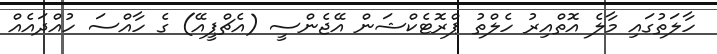
ހާލަތުގައި މާލެ އޮތްއިރު ހެލްތު ޕްރޮޓެކްޝަން އޭޖެންސީ (އެޗްޕީއޭ) ގެ ހާއްސަ ހުއްދައެއް